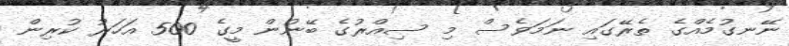
ނޭނގުމެއްގެ ތެރޭގައި ނަމަވެސް މި ސިއްރުގެ ބޭނުން މީގެ 500 އަހަރު ކުރިން